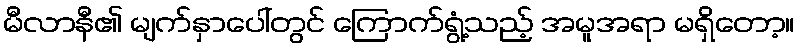
မီလာနီ၏ မျက်နှာပေါ်တွင် ကြောက်ရွံ့သည့် အမူအရာ မရှိတော့။